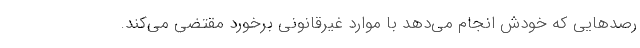
رصدهایی که خودش انجام می‌دهد با موارد غیرقانونی برخورد مقتضی می‌کند.